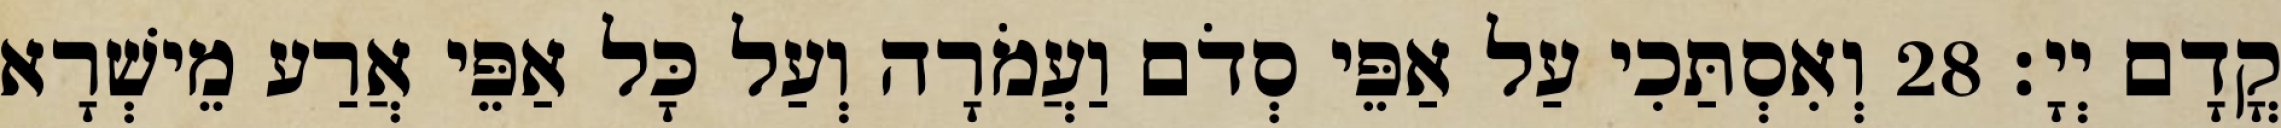
קֳדָם יְיָ׃ 28 וְאִסְתַּכִי עַל אַפֵּי סְדֹם וַעֲמֹרָה וְעַל כָּל אַפֵּי אֲרַע מֵישְׁרָא